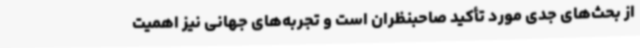
از بحث‌های جدی مورد تأکید صاحبنظران است و تجربه‌های جهانی نیز اهمیت